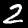
Digit: 2